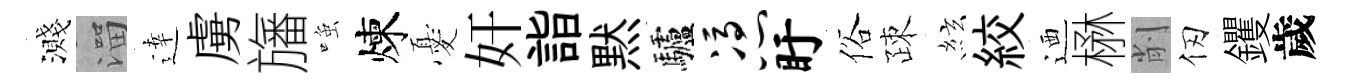
濺溜逹虜旛𫪻煉憂奸詣黙驢凭盱俗疎絃絞迺楙削仞钁歲